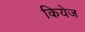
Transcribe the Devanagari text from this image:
कियेज